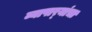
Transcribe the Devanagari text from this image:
व्यापार्‍यांचा